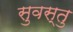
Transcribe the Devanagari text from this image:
सुवस्तु